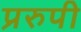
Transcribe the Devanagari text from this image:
प्ररुपी